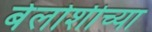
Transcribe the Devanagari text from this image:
बेलोशीच्या